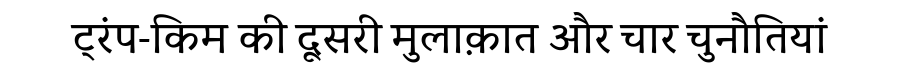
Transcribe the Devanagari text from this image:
ट्रंप-किम की दूसरी मुलाक़ात और चार चुनौतियां